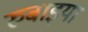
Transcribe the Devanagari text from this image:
रुबाइया